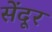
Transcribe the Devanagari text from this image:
सेंदूर